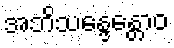
အဘိသန္ဒေန္တောဝ